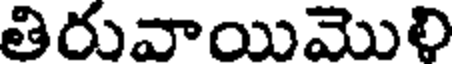
తిరువాయిమొలి